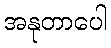
အနုတာပေါ